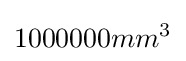
1000000mm^{3}